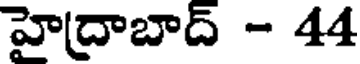
హైద్రాబాద్ - 44